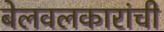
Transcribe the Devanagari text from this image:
बेलवलकारांची